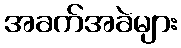
အခက်အခဲများ